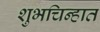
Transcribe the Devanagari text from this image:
शुभचिन्हात